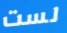
لست